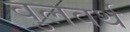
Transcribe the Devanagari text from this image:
वुलवर्थ